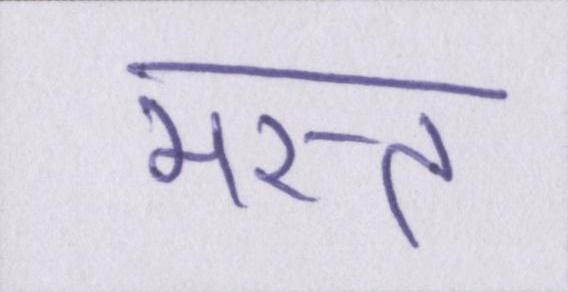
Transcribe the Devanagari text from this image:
मस्त